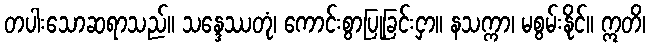
တပါးသောဆရာသည်။ သန္ဒေဿတုံ၊ ကောင်းစွာပြုခြင်းငှာ။ နသက္ကာ၊ မစွမ်းနိုင်။ ဣတိ၊